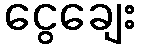
ငွေချေး